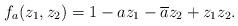
LaTeX: \begin{align*}f_{a}(z_1,z_2)=1-az_1-\overline{a}z_2+z_1z_2.\end{align*}